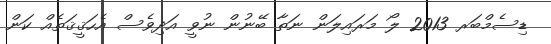
ޑިސެމްބަރ 2013 ލޯ މަރައިލަން ނަތާ ބޭނުން ނުވީ އަދިވެސް އެހަޤީޤަތެއް ކަން